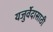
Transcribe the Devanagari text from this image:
यजुर्वेदासाठी